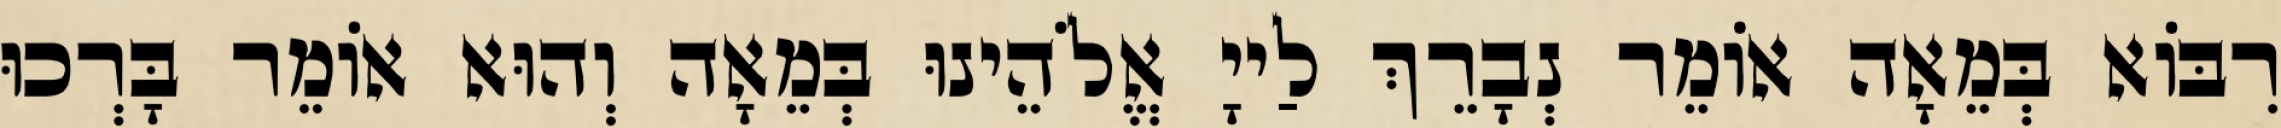
רִבּוֹא בְּמֵאָה אוֹמֵר נְבָרֵךְ לַייָ אֱלֹהֵינוּ בְּמֵאָה וְהוּא אוֹמֵר בָּרְכוּ